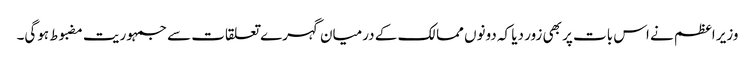
وزیر اعظم نے اس بات پر بھی زور دیا کہ دونوں ممالک کے درمیان گہرے تعلقات سے جمہوریت مضبوط ہوگی۔